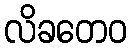
လိခတေဝ